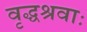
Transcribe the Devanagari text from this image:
वृद्धश्रवाः